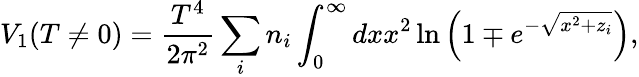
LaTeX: V_{1}(T\neq 0)=\frac{T^{4}}{2\pi^{2}}\sum_{i}n_{i}\int_{0}^{\infty}dxx^{2}\ln\left(1\mp e^{-\sqrt{x^{2}+z_{i}}}\right),